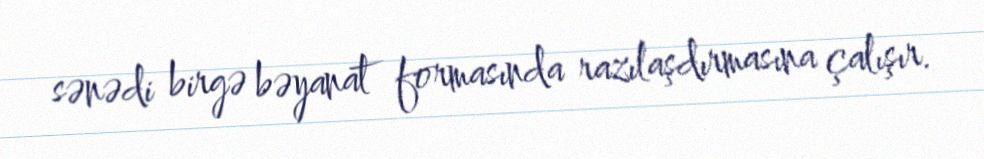
sənədi birgə bəyanat formasında razılaşdırmasına çalışır.